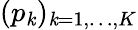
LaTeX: (p_{\mathit{k}})_{\mathit{k}=1,\dots,K}